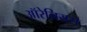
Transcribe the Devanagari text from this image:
ऑरेनियस